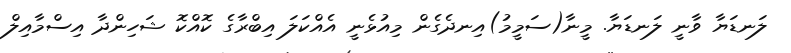
ލަނޑަޔާ ވާނީ ލަނޑަޔާ. މީނާ(ސަމީމު)އިނދެގެން މިއުޅެނީ އެއްކަލަ އިބްރާގެ ކޮއްކޮ ޝަހިންދާ އިސްމާއިލް